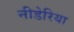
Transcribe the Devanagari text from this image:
नीडेरिया